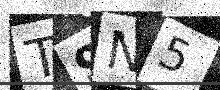
Text: T9N5